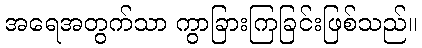
အရေအတွက်သာ ကွာခြားကြခြင်းဖြစ်သည်။